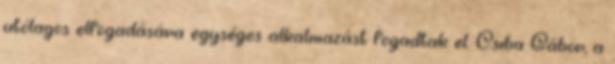
utólagos elfogadására egységes alkalmazást fogadtak el. Csiba Gábor, a